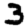
Digit: 3